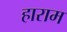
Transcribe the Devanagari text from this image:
हाराम